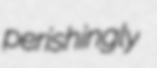
perishingly